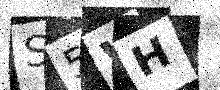
Text: S5WH